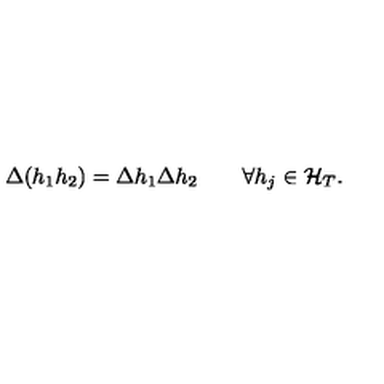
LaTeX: \Delta ( h _ { 1 } h _ { 2 } ) = \Delta h _ { 1 } \Delta h _ { 2 } \qquad \forall h _ { j } \in { \cal H } _ { T } .